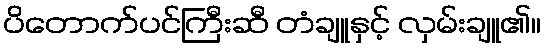
ပိတောက်ပင်ကြီးဆီ တံချူနှင့် လှမ်းချူ၏။